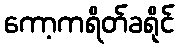
ကော့ကရိတ်ခရိုင်